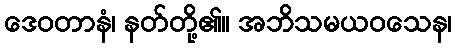
ဒေဝတာနံ၊ နတ်တို့၏။ အဘိသမယဝသေန၊